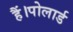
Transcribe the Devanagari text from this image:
हैं।पोलार्ड